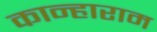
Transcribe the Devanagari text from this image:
कान्हाराम